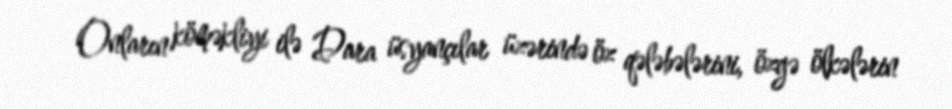
Onların köməkliyi ilə Dara üsyançılar üzərində öz qələbələrini, özgə ölkələrin